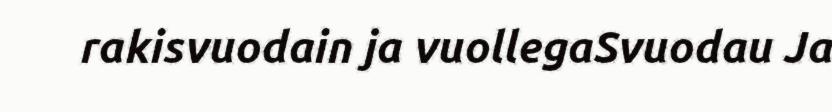
rakisvuodain ja vuollegaSvuodau Ja